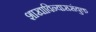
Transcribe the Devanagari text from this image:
शाखाविन्याससंयुक्त